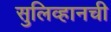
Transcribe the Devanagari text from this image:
सुलिव्हानची